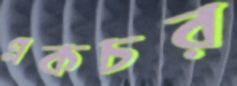
একচর